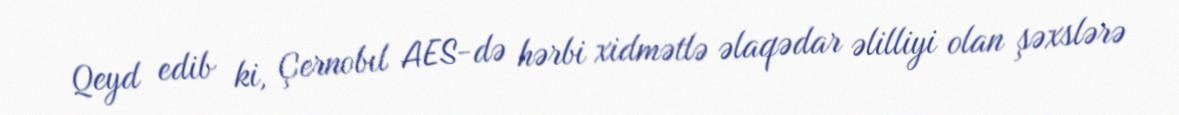
Qeyd edib ki, Çernobıl AES-də hərbi xidmətlə əlaqədar əlilliyi olan şəxslərə